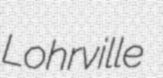
Lohrville